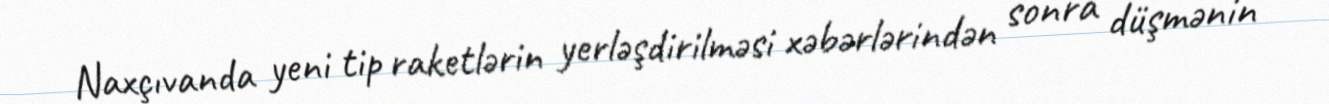
Naxçıvanda yeni tip raketlərin yerləşdirilməsi xəbərlərindən sonra düşmənin